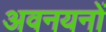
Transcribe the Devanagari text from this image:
अवनयनों